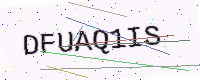
Text: DFUAQ1IS